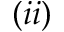
( i i )